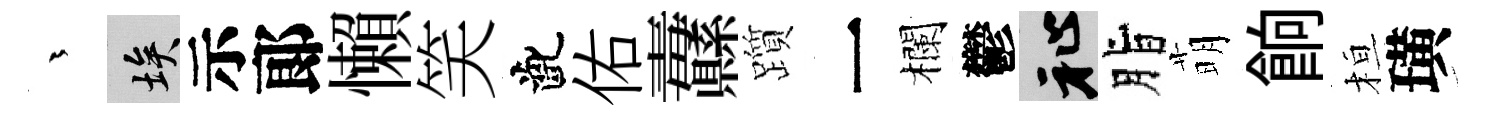
茫埃示郞懶笑齔佑纛躓一欄鬱祉脂萌餉桓璜